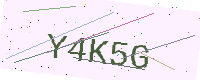
Text: Y4K5G